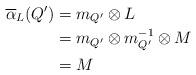
LaTeX: \begin{align*}\overline{\alpha}_{L}(Q^{\prime}) & =m_{Q^{\prime}}\otimes L\\& =m_{Q^{\prime}}\otimes m_{Q^{\prime}}^{-1}\otimes M\\& =M\end{align*}